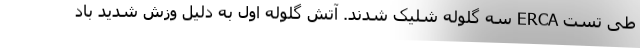
طی تست ERCA سه گلوله شلیک شدند. آتش گلوله اول به دلیل وزش شدید باد